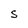
Character: S